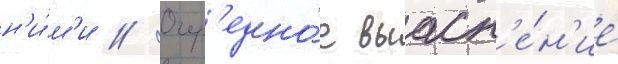
н'и́м'и // Очер'едно́е выасн'е́н'ие